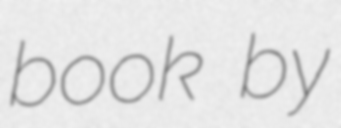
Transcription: book by